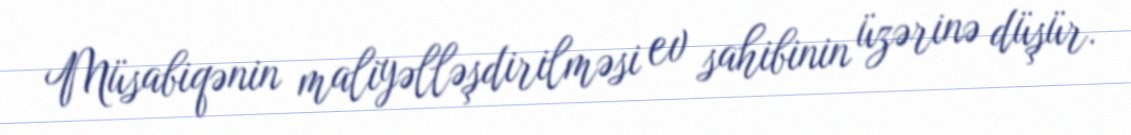
Müsabiqənin maliyəlləşdirilməsi ev sahibinin üzərinə düşür.